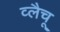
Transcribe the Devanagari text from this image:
व्लैचू